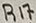
Text: R17